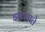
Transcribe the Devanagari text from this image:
झल्लाते